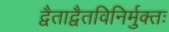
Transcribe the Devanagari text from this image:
द्वैताद्वैतविनिर्मुक्तः